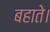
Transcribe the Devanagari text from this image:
बहाते।